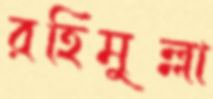
রহিমুল্লা